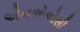
એનએએસી